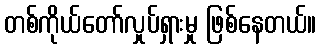
တစ်ကိုယ်တော်လှုပ်ရှားမှု ဖြစ်နေတယ်။